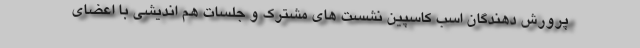
پرورش دهندگان اسب کاسپین نشست های مشترک و جلسات هم اندیشی با اعضای